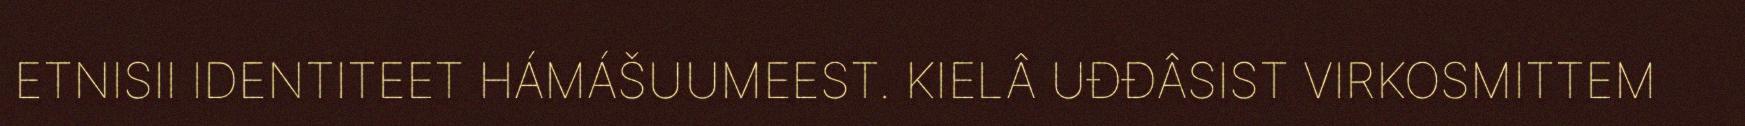
ETNISII IDENTITEET HÁMÁŠUUMEEST. KIELÂ UĐĐÂSIST VIRKOSMITTEM